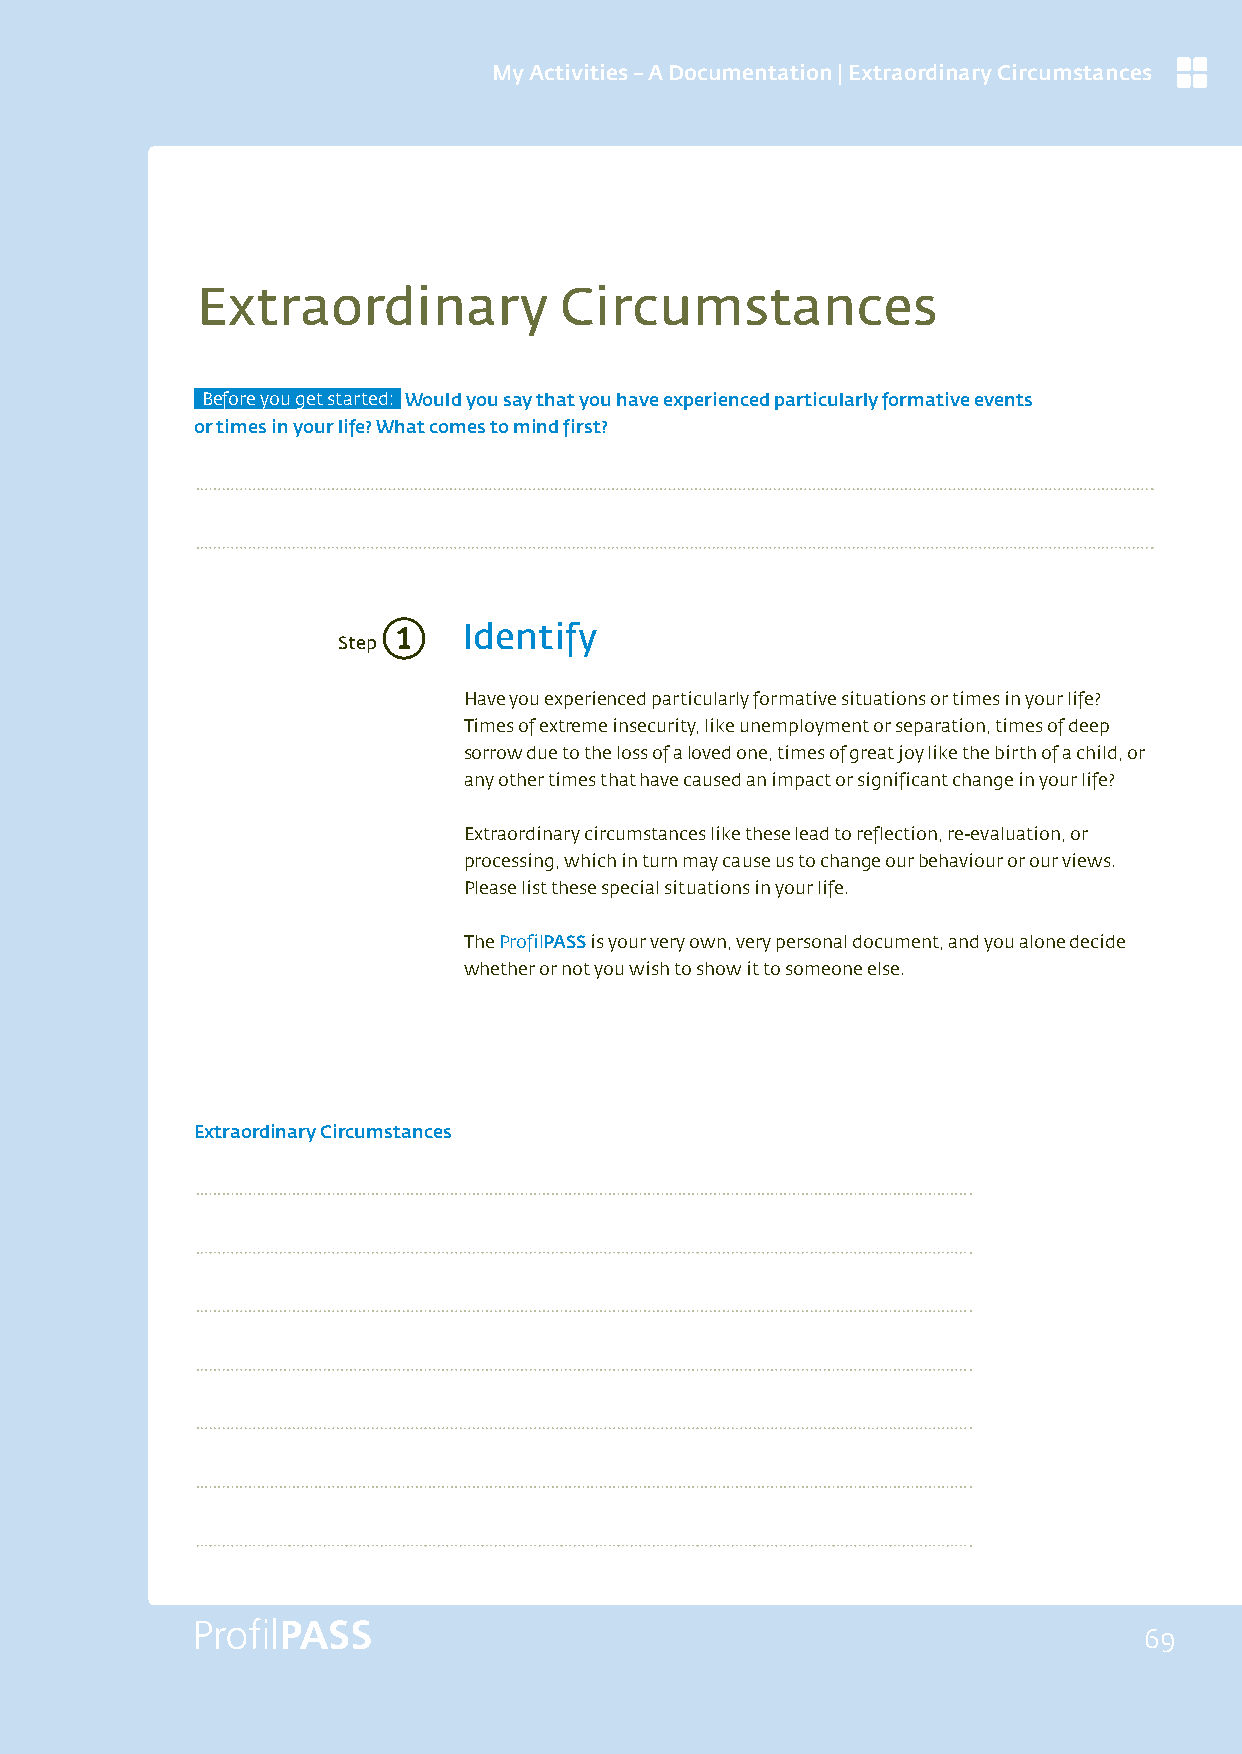
My Activities – A Documentation | Extraordinary Circumstances
 Extraordinary           Circumstances
 Before you get started: Would you say that you have experienced particularly formative events
 or times in your life? What comes to mind first?
 1
 Identify
 Step
 Have you experienced particularly formative situations or times in your life?
 Times of extreme insecurity, like unemployment or separation, times of deep
 sorrow due to the loss of a loved one, times of great joy like the birth of a child, or
 any other times that have caused an impact or significant change in your life?
 Extraordinary circumstances like these lead to reflection, re-evaluation, or
 processing, which in turn may cause us to change our behaviour or our views.
 Please list these special situations in your life.
 The ProfilPASS is your very own, very personal document, and you alone decide
 whether or not you wish to show it to someone else.
 Extraordinary Circumstances
 69